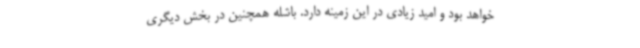
خواهد بود و امید زیادی در این زمینه دارد. باشله همچنین در بخش دیگری